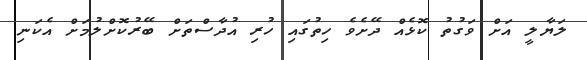
ލަޔާލީ އަށް ވަގުތު ކޮޅެއް ދޭށެވެ ހިތުގައި ހުރި އުދާސްތަށް ބޭރުކޮށްލުމަށް އެކަނި